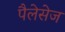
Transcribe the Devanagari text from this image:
पैलेसेज